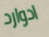
ادوارد